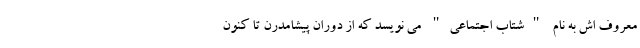
معروف اش به نام "شتاب اجتماعی" می نویسد که از دوران پیشامدرن تا کنون